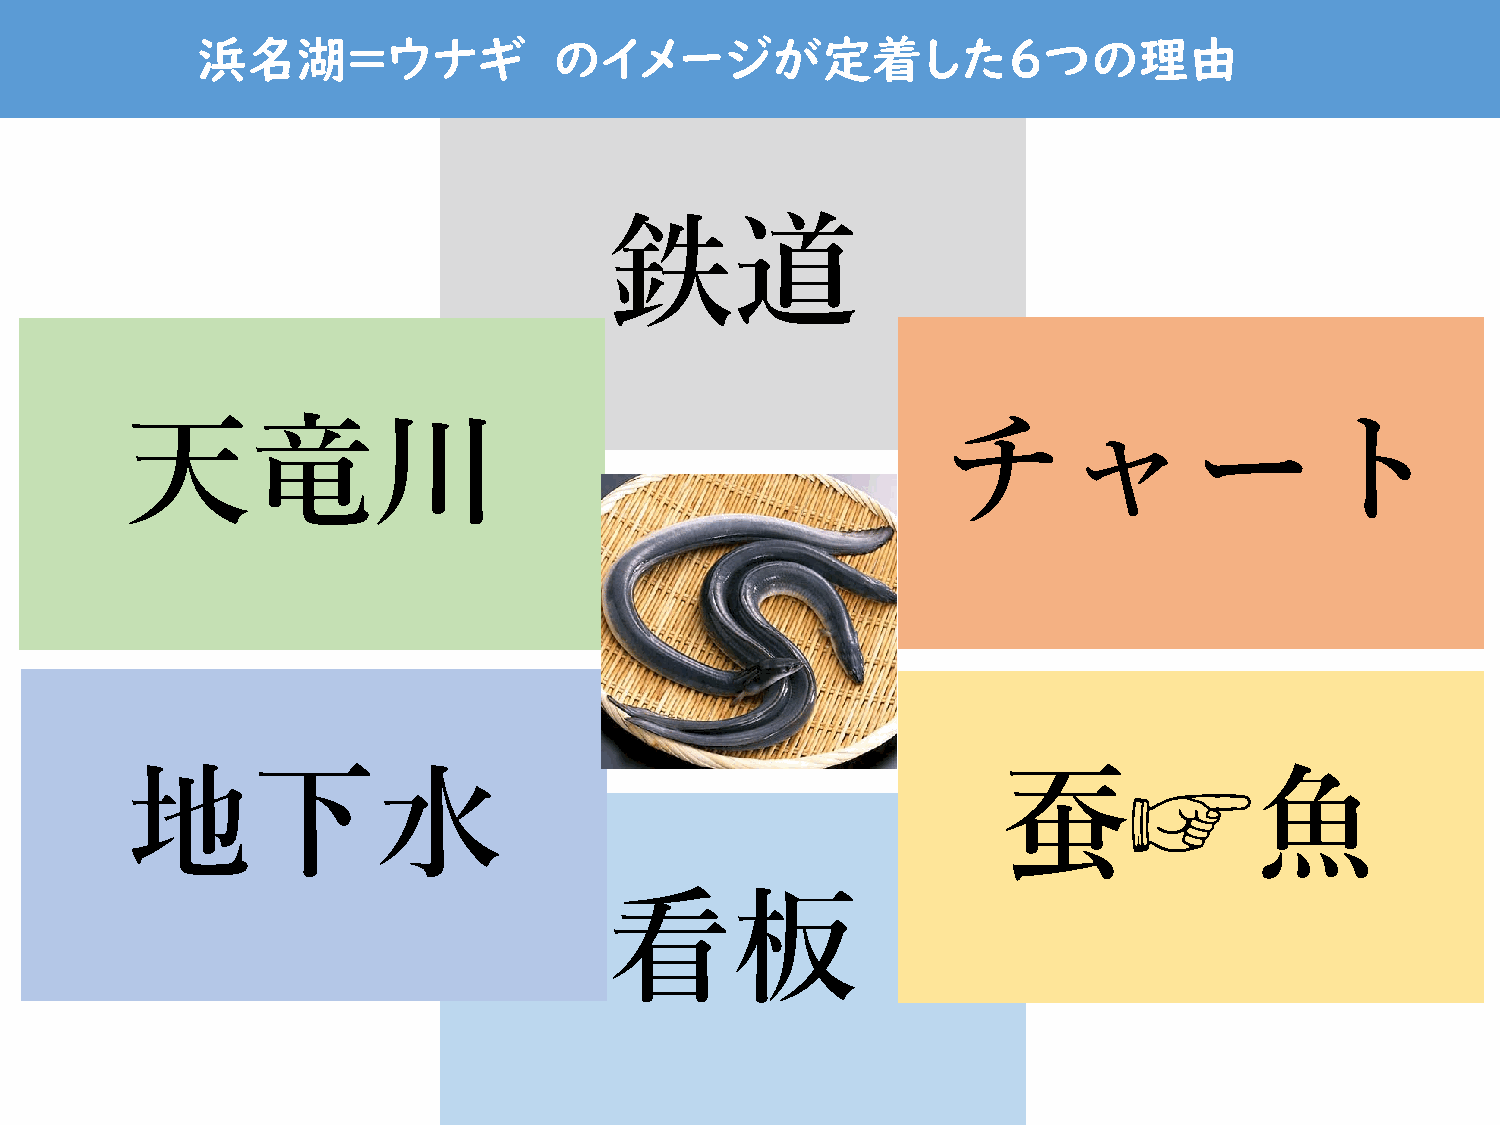
浜名湖＝ウナギ                 のイメージが定着した６つの理由
 鉄道
 天竜川                                                   チャート
 地下水                                                       蚕☞魚
 看板